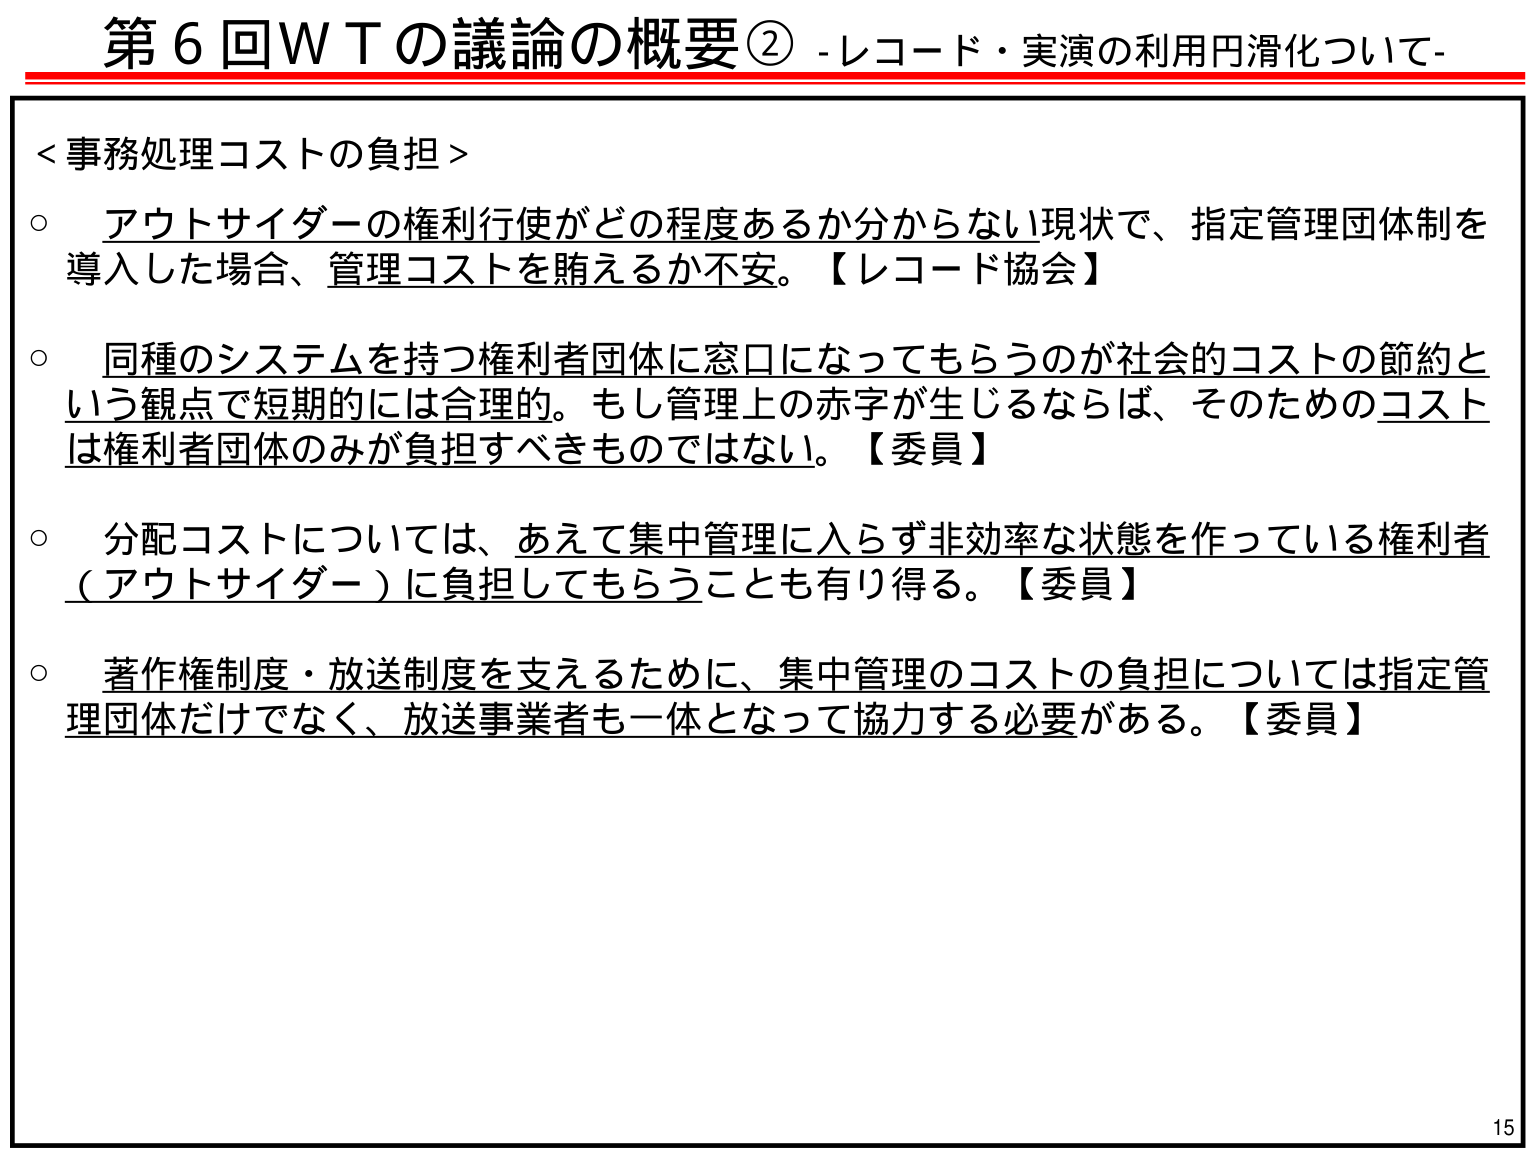
第６回ＷＴの議論の概要② -レコード・実演の利用円滑化について-

＜事務処理コストの負担＞
○ アウトサイダーの権利行使がどの程度あるか分からない現状で、指定管理団体制を導入した場合、管理コストを賄えるか不安。【レコード協会】
○ 同種のシステムを持つ権利者団体に窓口になってもらうのが社会的コストの節約という観点で短期的には合理的。もし管理上の赤字が生じるならば、そのためのコストは権利者団体のみが負担すべきものではない。【委員】
○ 分配コストについては、あえて集中管理に入らず非効率な状態を作っている権利者（アウトサイダー）に負担してもらうことも有り得る。【委員】
○ 著作権制度・放送制度を支えるために、集中管理のコストの負担については指定管理団体だけでなく、放送事業者も一体となって協力する必要がある。【委員】

15